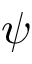
\psi